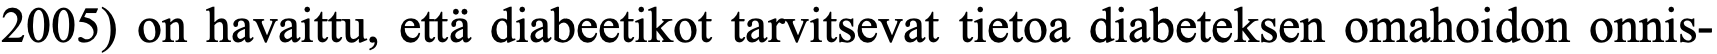
2005) on havaittu, että diabeetikot tarvitsevat tietoa diabeteksen omahoidon onnis-